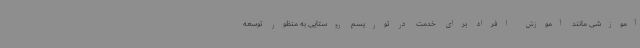
آموزشی مانند آموزش افراد برای خدمت در توریسم روستایی به منظور توسعه